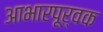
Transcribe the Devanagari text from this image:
आभारपूर्वक